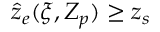
\hat { z } _ { e } ( \xi , Z _ { p } ) \ge z _ { s }